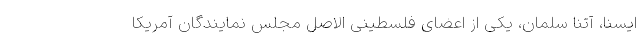
ایسنا، آتنا سلمان، یکی از اعضای فلسطینی الاصل مجلس نمایندگان آمریکا